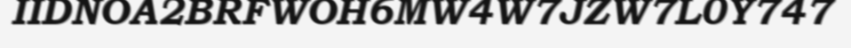
IIDNOA2BRFWOH6MW4W7JZW7L0Y747